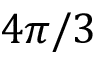
4 \pi / 3